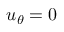
u _ { \theta } = 0